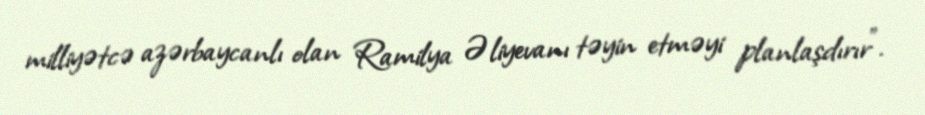
milliyətcə azərbaycanlı olan Ramilya Əliyevanı təyin etməyi planlaşdırır”.